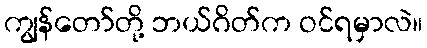
ကျွန်တော်တို့ ဘယ်ဂိတ်က ဝင်ရမှာလဲ။